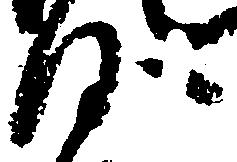
沙